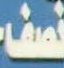
نصف